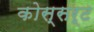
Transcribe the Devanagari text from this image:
कोस्सर्ट